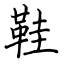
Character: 鞋